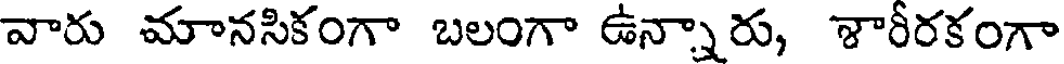
వారు మానసికంగా బలంగా ఉన్నారు, శారీరకంగా